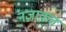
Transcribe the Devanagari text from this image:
नज़ाक़त